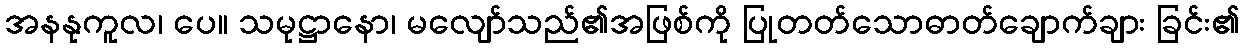
အနနုကူလ၊ ပေ။ သမုဋ္ဌာနော၊ မလျော်သည်၏အဖြစ်ကို ပြုတတ်သောဓာတ်ချောက်ချား ခြင်း၏